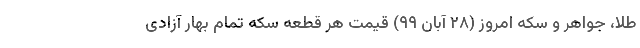
طلا، جواهر و سکه امروز (۲۸ آبان ۹۹) قیمت هر قطعه سکه تمام بهار آزادی